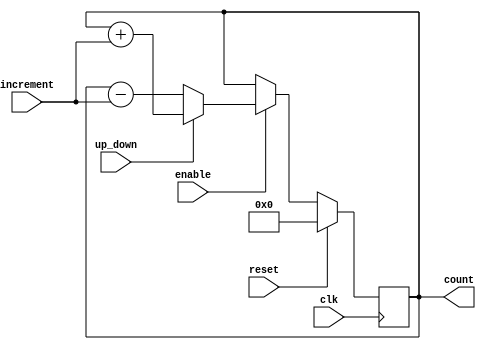
module counter (
    input wire clk,
    input wire reset,
    input wire enable,
    input wire up_down,
    input wire [7:0] increment,
    output reg [7:0] count
);

always @(posedge clk) begin
    if (reset) begin
        count <= 8'b0;
    end else if (enable) begin
        if (up_down) begin
            count <= count + increment;
        end else begin
            count <= count - increment;
        end
    end
end

endmodule